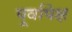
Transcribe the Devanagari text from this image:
पूर्वापेक्ष